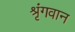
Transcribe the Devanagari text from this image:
श्रृंगवान